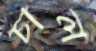
চাল